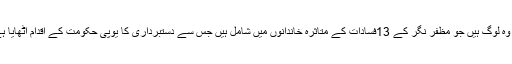
یہ وہ لوگ ہیں جو مظفر نگر کے 13فسادات کے متاثرہ خاندانوں میں شامل ہیں جس سے دستبرداری کا یوپی حکومت کے اقدام اٹھایا ہے۔